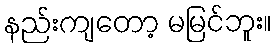
နည်းကျတော့ မမြင်ဘူး။